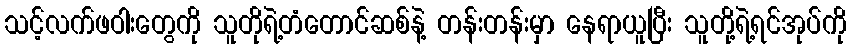
သင့်လက်ဖဝါးတွေကို သူတိုရဲ့တံတောင်ဆစ်နဲ့ တန်းတန်းမှာ နေရာယူပြီး သူတို့ရဲ့ရင်အုပ်ကို